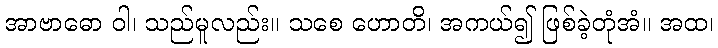
အာဗာဓော ဝါ၊ သည်မူလည်း။ သစေ ဟောတိ၊ အကယ်၍ ဖြစ်ခဲ့တုံအံ။ အထ၊